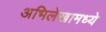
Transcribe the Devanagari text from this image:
अभिलेखामध्ये